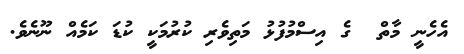
އެހެނީ މާތް  ގެ އިސްމުފުޅު މަތިވެރި ކުރުމަކީ ކުޑަ ކަމެއް ނޫނެވެ.